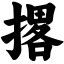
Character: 撂